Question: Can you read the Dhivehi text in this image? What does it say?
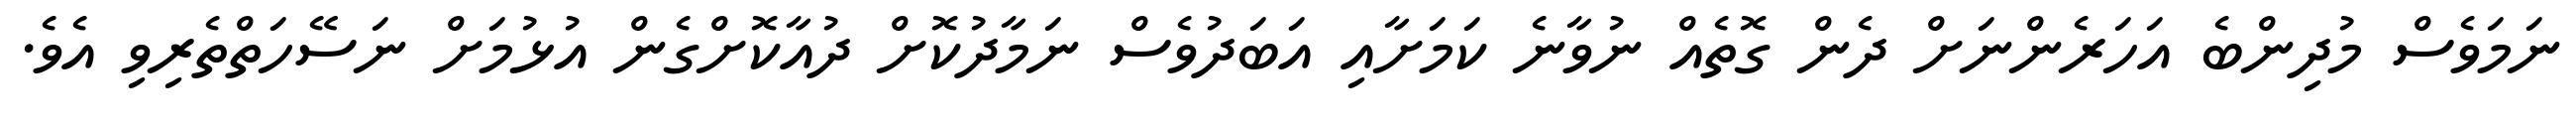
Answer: ނަމަވެސް މުދިންބެ އަހަރެންނަށް ދެން ގޮތެއް ނުވާނެ ކަމަށާއި އަބަދުވެސް ނަމާދުކޮށް ދުއާކޮށްގެން އުޅުމަށް ނަސޭހަތްތެރިވި އެވެ.